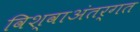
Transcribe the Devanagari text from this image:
विश्वाअंतर्गत